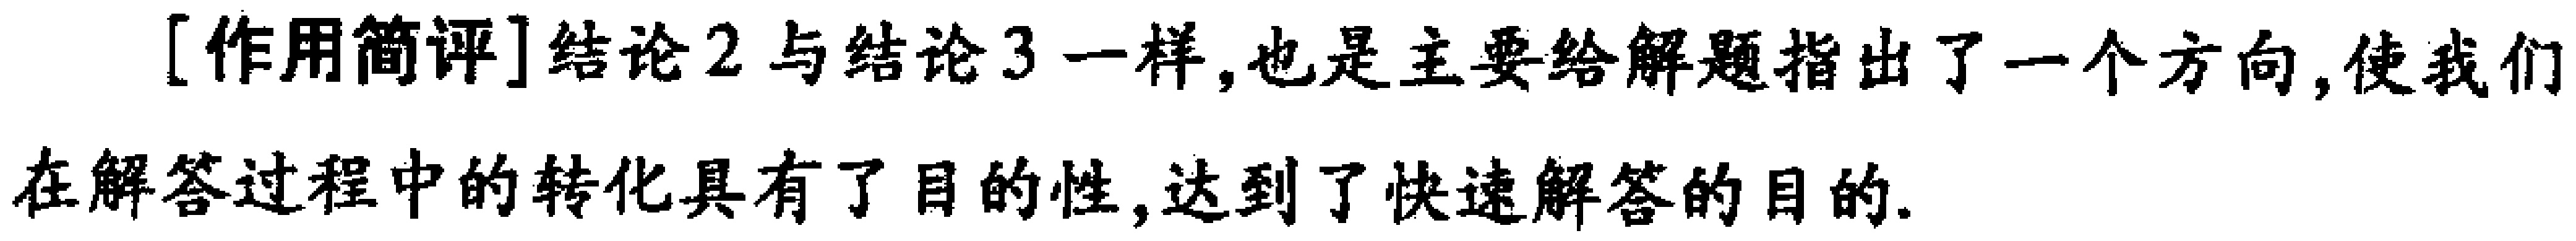
[作用简评]结论2与结论3一样,也是主要给解题指出了一个方向,使我们在解答过程中的转化具有了目的性,达到了快速解答的目的.